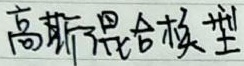
高斯混合模型